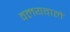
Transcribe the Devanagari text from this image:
वलयवाले